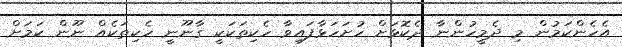
އެހެންކަމުން މި ދެމީހުންނާ ދެކޮޅަށް ހުށަހަޅާފައިވާ ހެކިތަކަކީ ގާނޫނީ ހެކިތަކެއް ނޫން ކަމަށް